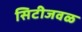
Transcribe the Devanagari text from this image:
सिटीजवळ